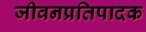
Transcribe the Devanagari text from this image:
जीवनप्रतिपादक